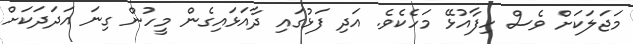
މަޖަލަކަށް ވެސް ހިފާއުޅޭ މަހެކެވެ. އަދި ފަޅުގައި ދާއަޅައިގެން މީހުން ގިނަ އަދަދަކަށް